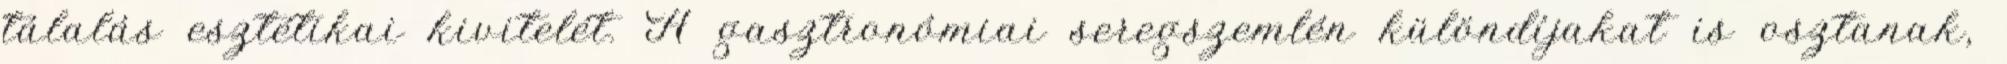
tálalás esztétikai kivitelét. A gasztronómiai seregszemlén különdíjakat is osztanak,